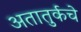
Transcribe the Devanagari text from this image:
अतातुर्कचे